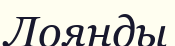
Лоянды